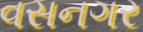
વસનગર